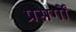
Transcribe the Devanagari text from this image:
प्रसर्गों